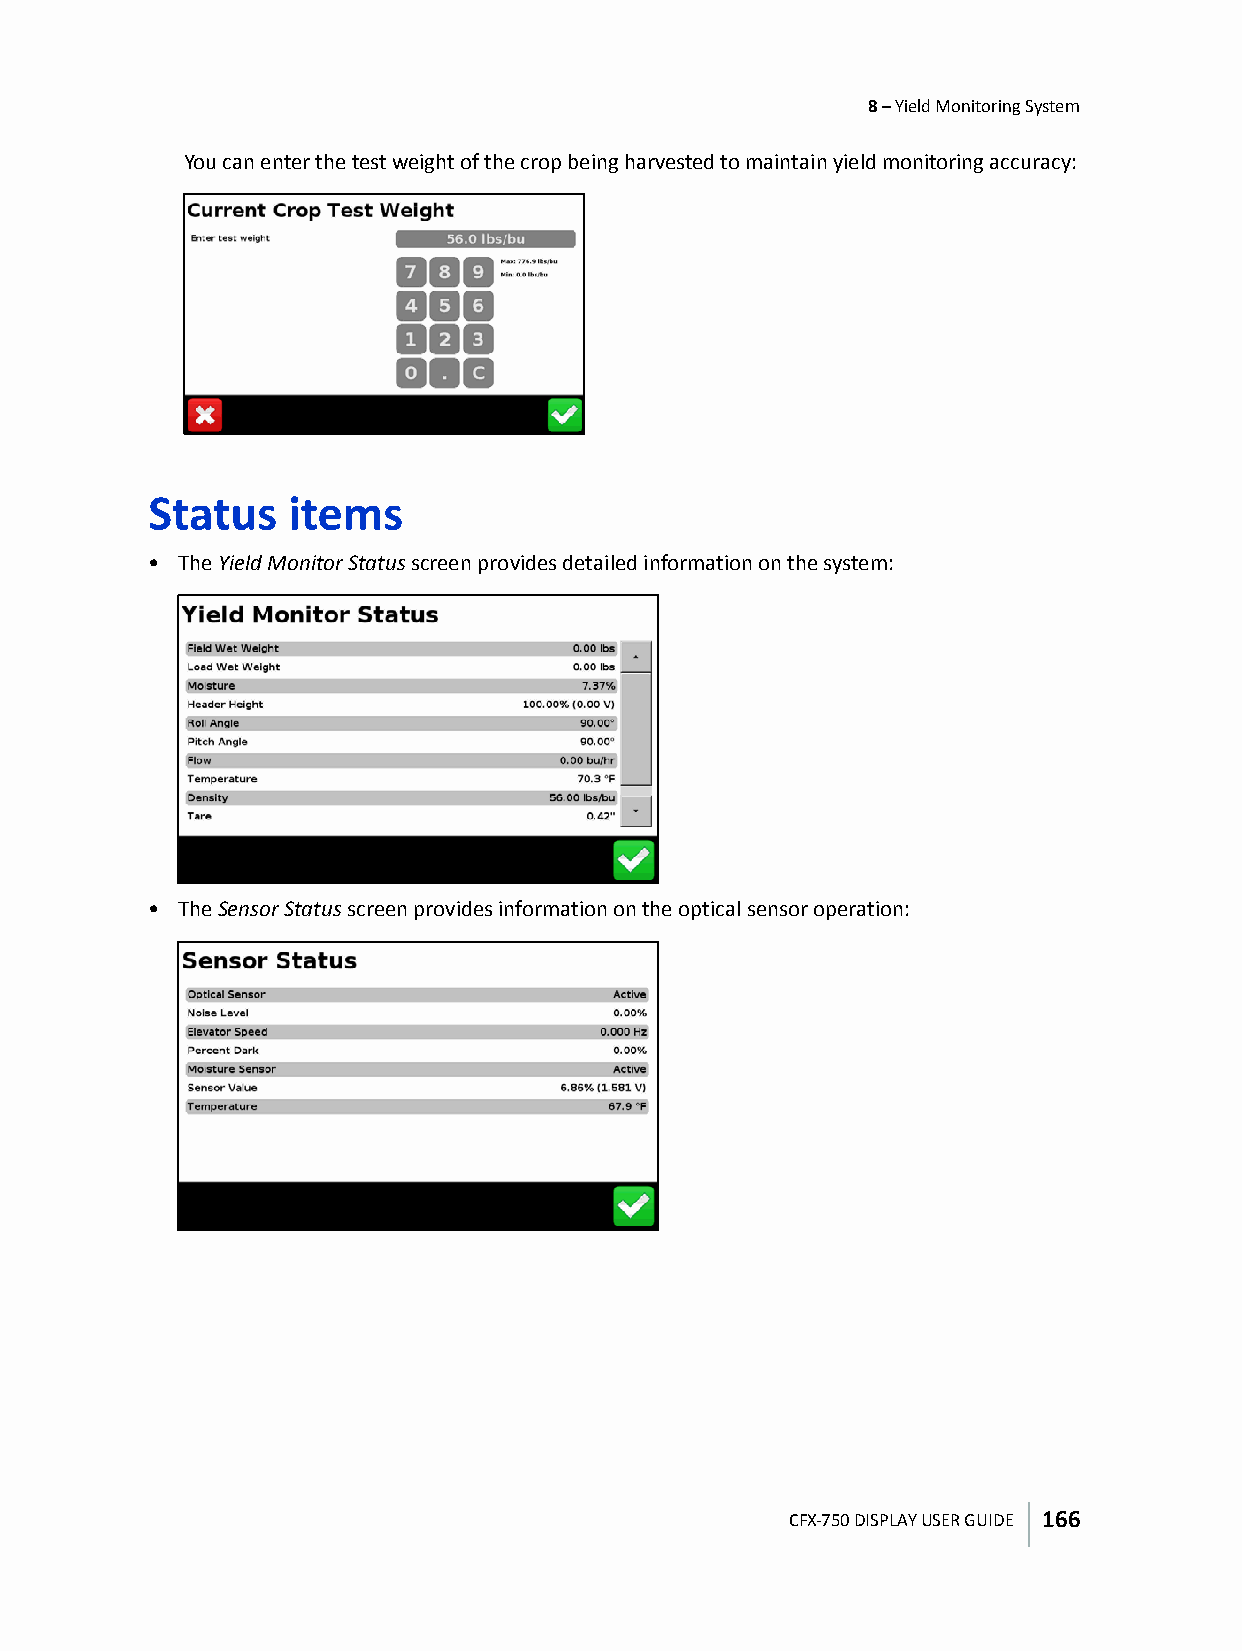
8 – Yield Monitoring System
 You can enter the test weight of the crop being harvested to maintain yield monitoring accuracy:
 Status   items
 • The Yield Monitor Status screen provides detailed information on the system:
 • The Sensor Status screen provides information on the optical sensor operation:
 CFX-750 DISPLAY USER GUIDE 166